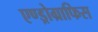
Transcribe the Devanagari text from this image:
एण्ड्रोग्राफिस